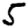
Digit: 5